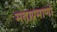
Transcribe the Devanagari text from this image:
मताप्रमाणाॆ